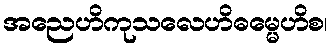
အညေဟိကုသလေဟိဓမ္မေဟိစ၊